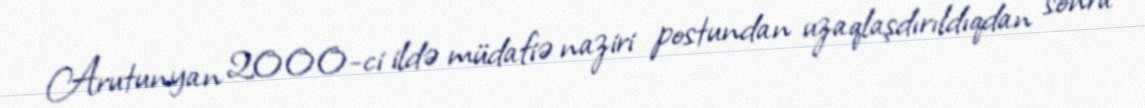
Arutunyan 2000-ci ildə müdafiə naziri postundan uzaqlaşdırıldıqdan sonra